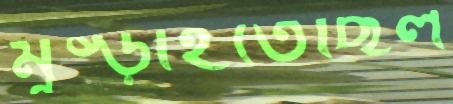
মুষ্‌ড়াইতেছিল